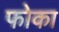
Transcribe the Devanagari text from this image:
फोका